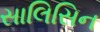
સાલિસિન